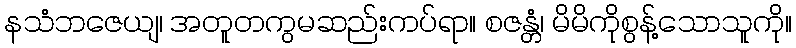
နသံဘဇေယျ၊ အတူတကွမဆည်းကပ်ရာ။ စဇန္တံ၊ မိမိကိုစွန့်သောသူကို။